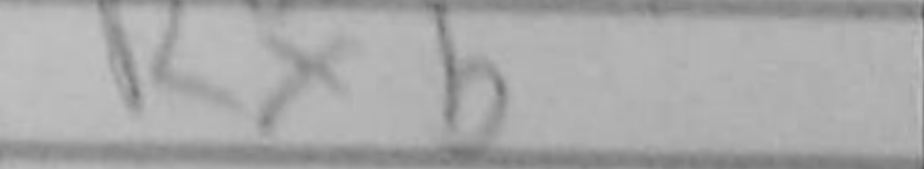
Transcription: Rxb